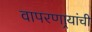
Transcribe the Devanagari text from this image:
वापरणार्‍यांची